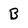
Character: B